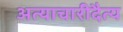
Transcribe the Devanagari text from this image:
अत्याचारीदैत्य